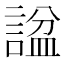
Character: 𬢶